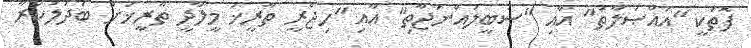
ފޮތަކީ "އައްޞަލާތު" އާއި "ސަބީލުއްނަޖާތި" އާއި "ހިޖްރީ ތާރީޚު މީލާދީ ތާރީޚަށް ބަދަލުކުރާ